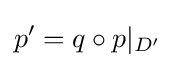
p'=q\circ p|_{D'}